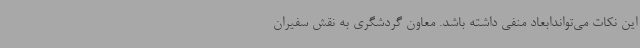
این نکات می‌تواندابعاد منفی داشته باشد. معاون گردشگری به نقش سفیران